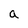
Character: a